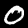
Digit: 0